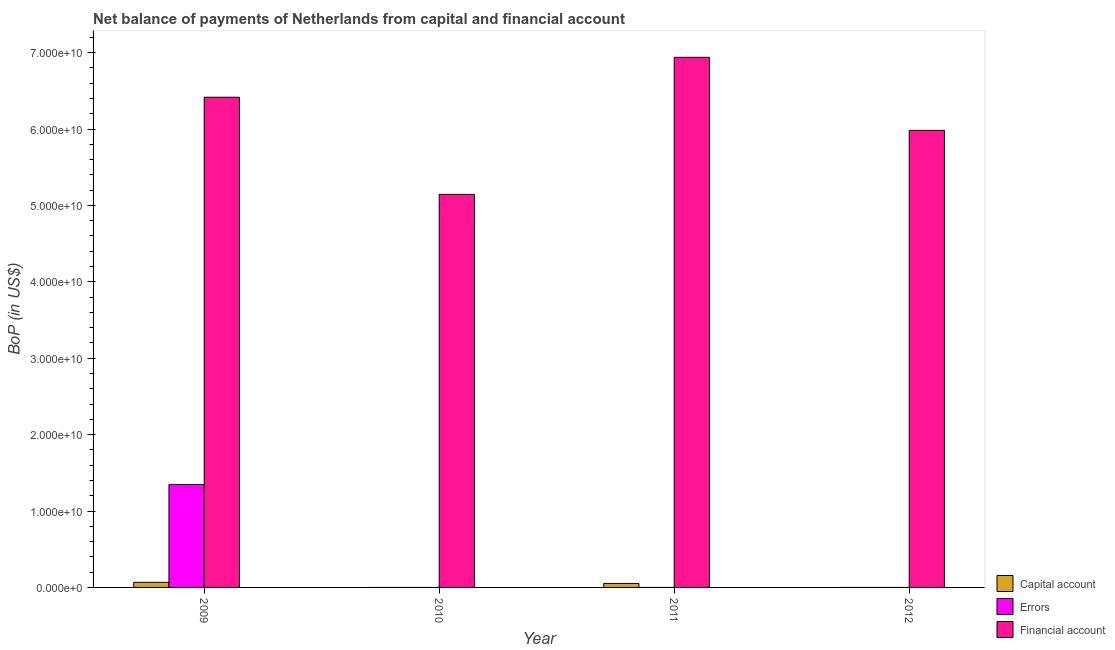
| Year | Capital account | Errors | Financial account |
 | --- | --- | --- | --- |
 | 2009 | 6.68e+08 | 1.35e+10 | 6.42e+10 |
 | 2010 | -4.12e+09 | -6.25e+09 | 5.14e+10 |
 | 2011 | 5.21e+08 | -1.25e+10 | 6.94e+10 |
 | 2012 | -1.19e+10 | -1.79e+10 | 5.98e+10 |